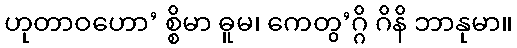
ဟုတာဝဟော’ စ္စိမာ ဓူမ၊ ကေတွ’ဂ္ဂိ ဂိနိ ဘာနုမာ။